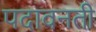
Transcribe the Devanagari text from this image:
पदावनती